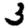
Digit: 3